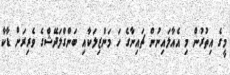
މީގެ އިތުރުން މި އެއާލައިނުން ޗައިނާގެ ހަ މަންޒިލަކާއި ބަންގްލަދޭޝްގެ ވެރިރަށް ޑާކާ